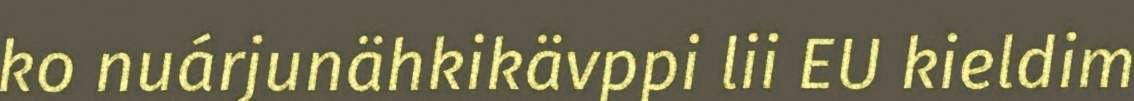
ko nuárjunähkikävppi lii EU kieldim